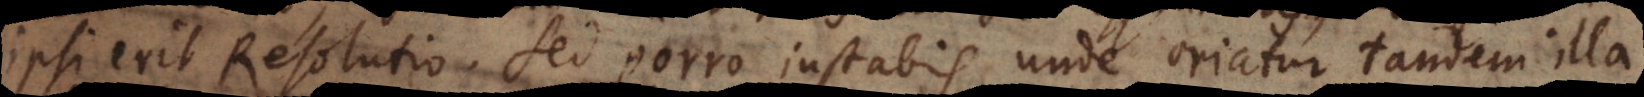
ipsi erit Resolutio. Sed porro instabis, unde oriatur tandem ill